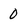
Character: 0